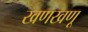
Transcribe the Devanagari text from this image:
खणखणू